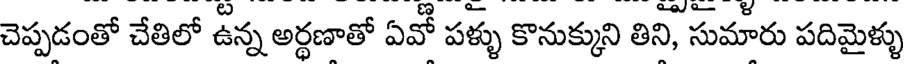
చెప్పడంతో చేతిలో ఉన్న అర్ధణాతో ఏవో పళ్ళు కొనుక్కుని తిని, సుమారు పదిమైళ్ళు